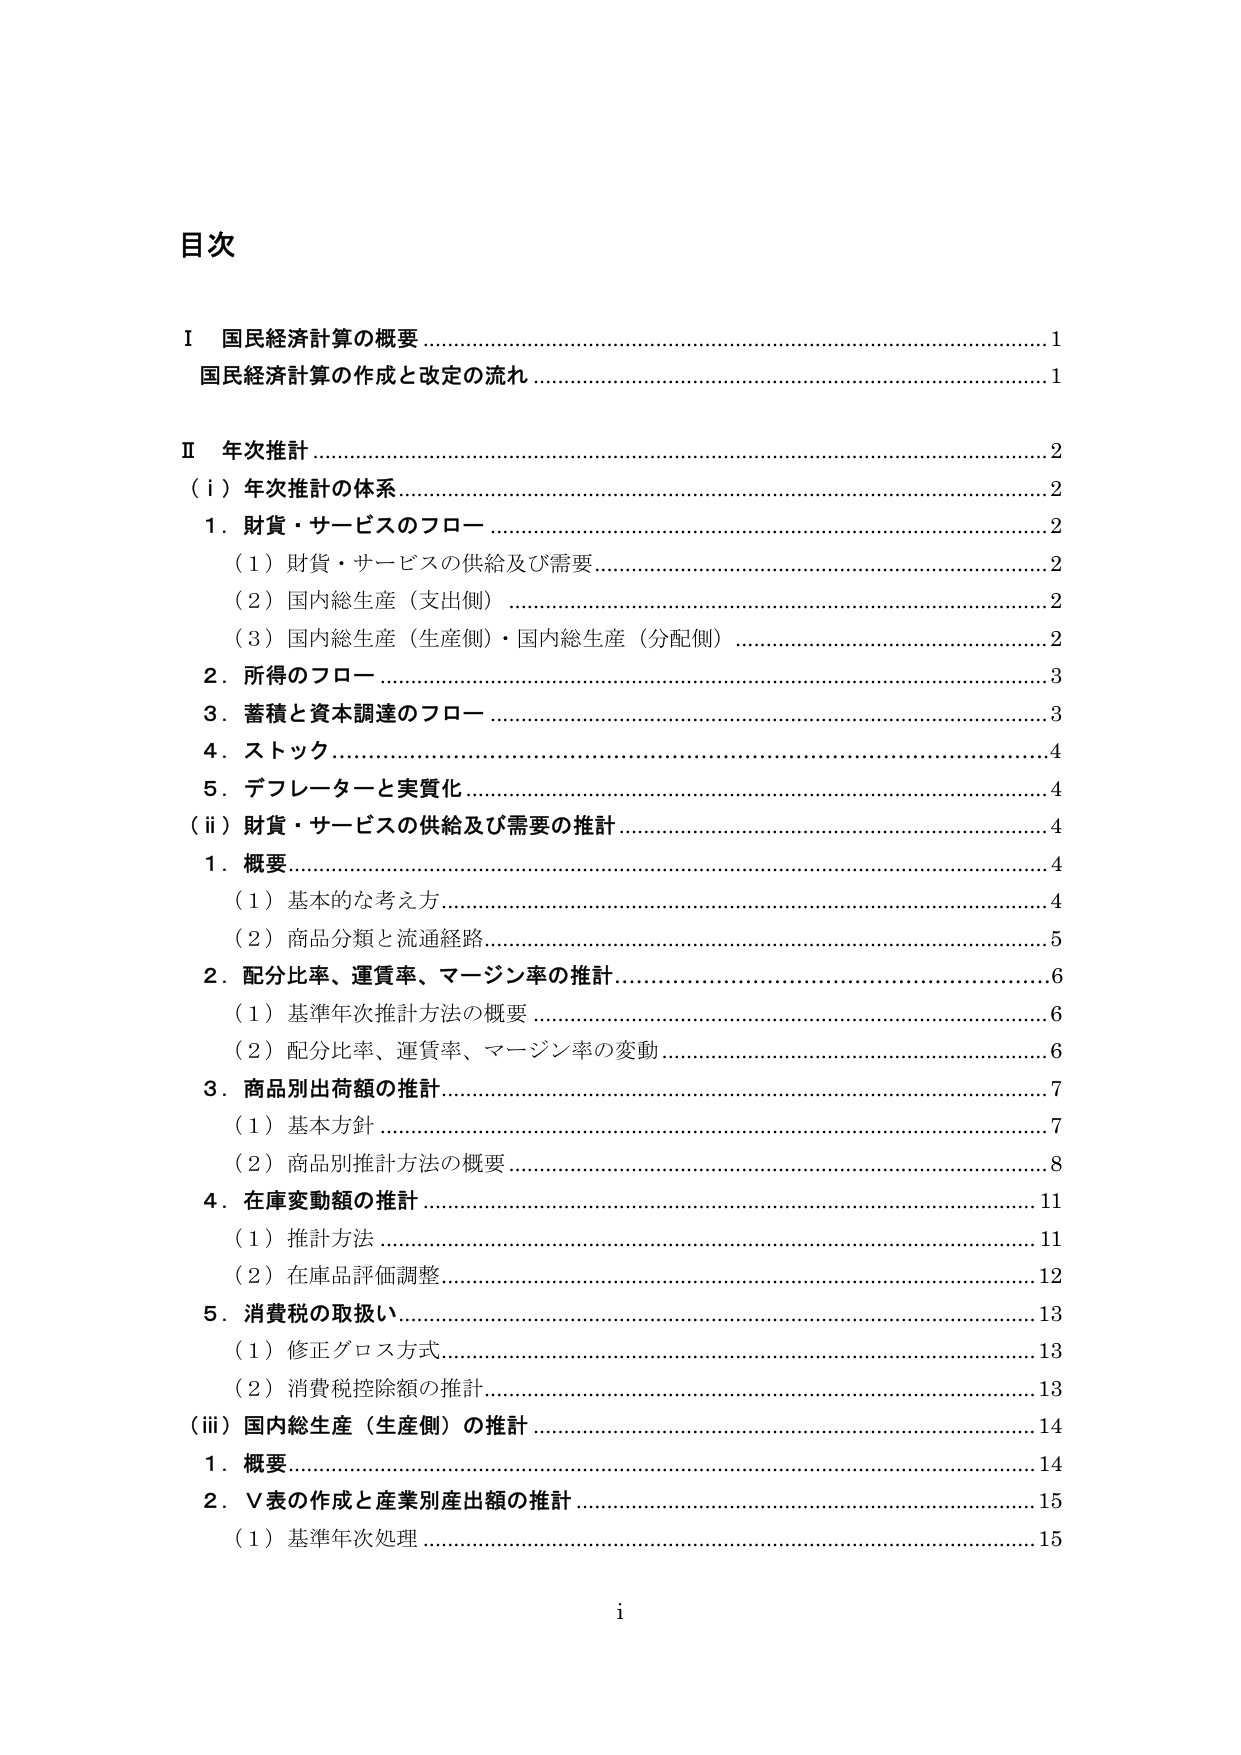
目次

I 国民経済計算の概要………………………………………………………………………1
国民経済計算の作成と改定の流れ………………………………………………………1

II 年次推計…………………………………………………………………………………2
（i）年次推計の体系……………………………………………………………………2
　1．財貨・サービスのフロー……………………………………………………………2
　　（1）財貨・サービスの供給及び需要………………………………………………2
　　（2）国内総生産（支出側）…………………………………………………………2
　　（3）国内総生産（生産側）・国内総生産（分配側）……………………………2
　2．所得のフロー………………………………………………………………………3
　3．蓄積と資本調達のフロー…………………………………………………………3
　4．ストック……………………………………………………………………………4
　5．デフレーターと実質化……………………………………………………………4
（ii）財貨・サービスの供給及び需要の推計…………………………………………4
　1．概要…………………………………………………………………………………4
　　（1）基本的な考え方………………………………………………………………4
　　（2）商品分類と流通経路……………………………………………………………5
　2．配分比率、運賃率、マージン率の推計…………………………………………6
　　（1）基準年次推計方法の概要……………………………………………………6
　　（2）配分比率、運賃率、マージン率の変動………………………………………6
　3．商品別出荷額の推計………………………………………………………………7
　　（1）基本方針………………………………………………………………………7
　　（2）商品別推計方法の概要………………………………………………………8
　4．在庫変動額の推計………………………………………………………………11
　　（1）推計方法……………………………………………………………………11
　　（2）在庫品評価調整……………………………………………………………12
　5．消費税の取扱い…………………………………………………………………13
　　（1）修正グロス方式……………………………………………………………13
　　（2）消費税控除額の推計………………………………………………………13
（iii）国内総生産（生産側）の推計…………………………………………………14
　1．概要………………………………………………………………………………14
　2．V表の作成と産業別産出額の推計………………………………………………15
　　（1）基準年次処理………………………………………………………………15

i